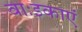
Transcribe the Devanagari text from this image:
वाःइकाएं